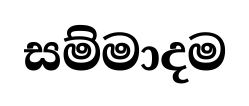
සම්මාදම